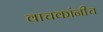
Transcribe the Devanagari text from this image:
वाचकांनीच